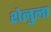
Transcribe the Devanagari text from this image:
शेलुला